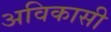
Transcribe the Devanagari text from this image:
अविकासी